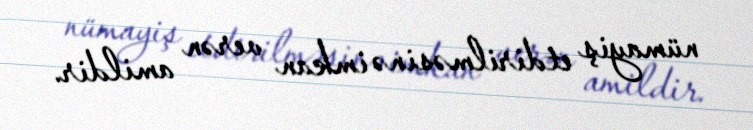
nümayiş etdirilməsinə imkan verən amildir.